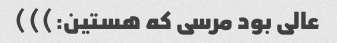
عالی بود مرسی که هستین:)))